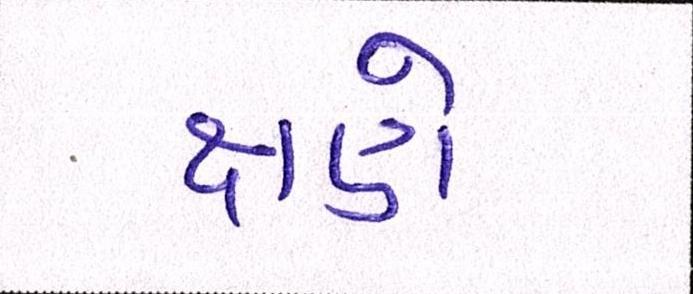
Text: ક્ષણે